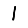
Digit: 1